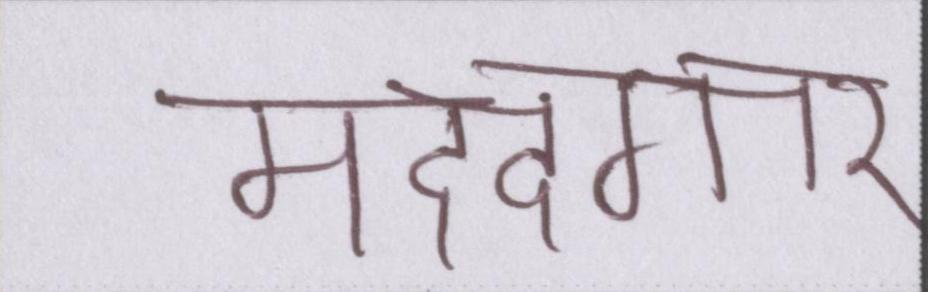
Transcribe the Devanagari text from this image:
मददगार